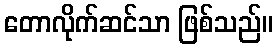
တောလိုက်ဆင်သာ ဖြစ်သည်။